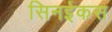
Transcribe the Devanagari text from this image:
सिनईकस